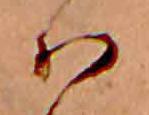
ハ